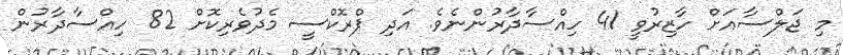
މި ޖަލްސާއަށް ހާޒިރުވީ 41 ހިއްސާދާރުންނެވެ. އަދި ޕްރޮކްސީ މެދުވެރިކޮށް 82 ހިއްސާދާރުން